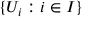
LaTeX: \{ U _ { i } : i \in I \}